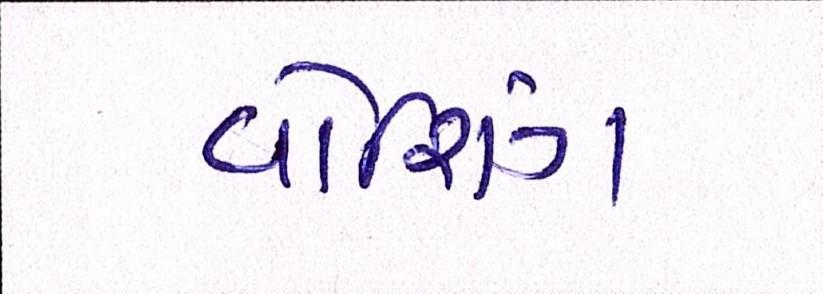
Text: વોશિંગ